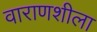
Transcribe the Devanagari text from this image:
वाराणशीला